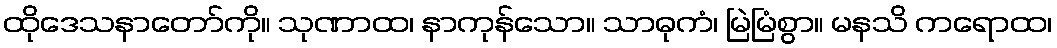
ထိုဒေသနာတော်ကို။ သုဏာထ၊ နာကုန်သော။ သာဓုကံ၊ မြဲမြံစွာ။ မနသိ ကရောထ၊